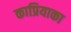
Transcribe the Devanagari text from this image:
काप्रियाका